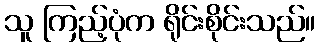
သူ ကြည့်ပုံက ရိုင်းစိုင်းသည်။